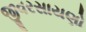
જીવરસાયણો